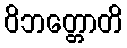
ဝိဘတ္တောတိ